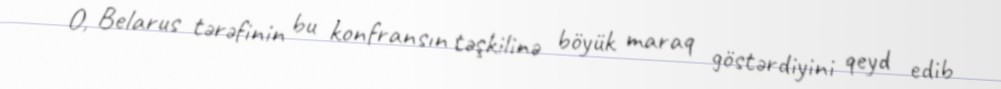
O, Belarus tərəfinin bu konfransın təşkilinə böyük maraq göstərdiyini qeyd edib